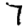
Digit: 7